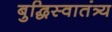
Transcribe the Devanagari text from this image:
बुद्धिस्वातंत्र्य